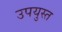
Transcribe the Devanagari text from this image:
उपयुस्त